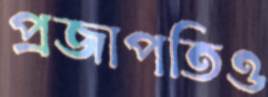
প্রজাপতিও